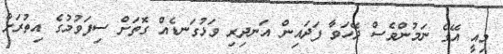
މިއީ އޭގެ ނަމުންވެސް ދޭހަވާ ފަދައިން އަނދިރި ވަޅުގަނޑެއް ގޮތަށް ސިފަވުމުގެ އިތުރަށް